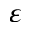
\varepsilon